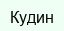
Кудин